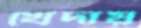
খেদায়